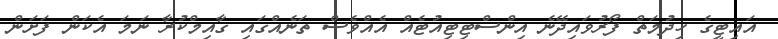
އައިޓީގެ ހިދުމަތް ފޯރުވައިދޭނެ އިންސްޓިޓިއުޓެއް އެއްވެސް ތަނެއްގައި ގާއިމްކުރާ ނަމަ އެކަން ފަށަން